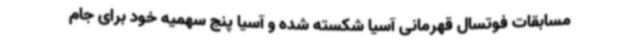
مسابقات فوتسال قهرمانی آسیا شکسته شده و آسیا پنج سهمیه خود برای جام